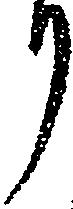
り